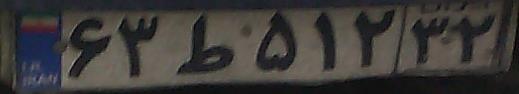
۶۳ط۵۱۲۳۲